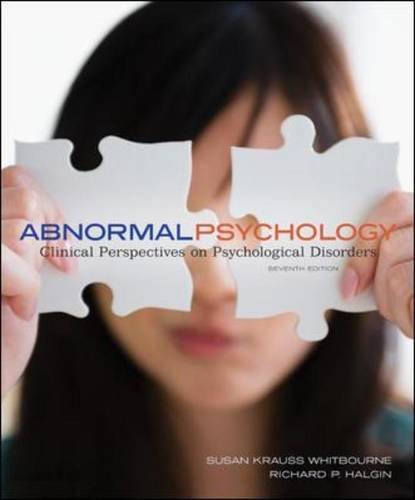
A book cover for Abnormal Psychology: Clinical Perspectives on Psychological Disorders with DSM-5 Update; Susan Krauss Whitbourne; Medical Books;